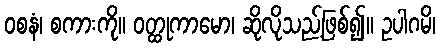
ဝစနံ၊ စကားကို။ ဝတ္ထုကာမော၊ ဆိုလိုသည့်ဖြစ်၍။ ဥပါဂမိ၊